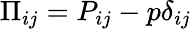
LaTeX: \Pi_{ij}=P_{ij}-p\delta_{ij}